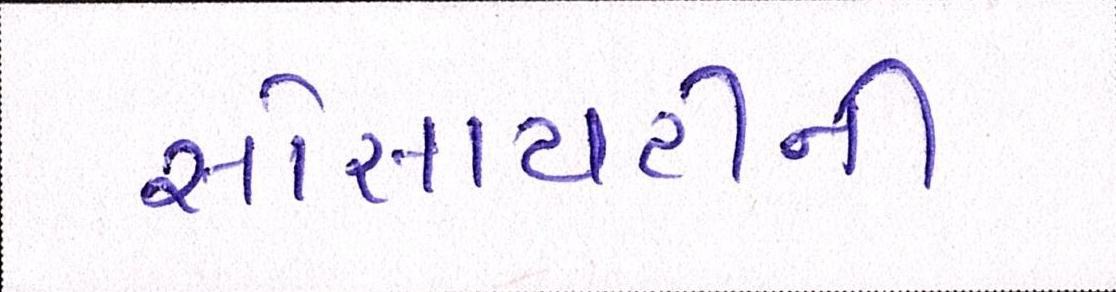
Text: સોસાયટીની